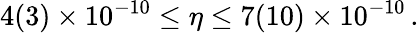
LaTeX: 4(3)\times 10^{-10}\leq\eta\leq 7(10)\times 10^{-10}\, .